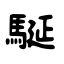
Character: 駳